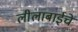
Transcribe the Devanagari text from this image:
लीलाबाईचे